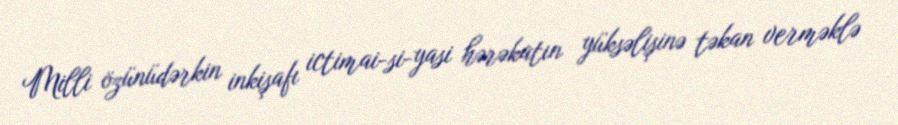
Milli özünüdərkin inkişafı ictimai-si-yasi hərəkatın yüksəlişinə təkan verməklə